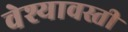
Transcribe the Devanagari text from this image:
वेश्यावस्ती